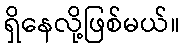
ရှိနေလို့ဖြစ်မယ်။